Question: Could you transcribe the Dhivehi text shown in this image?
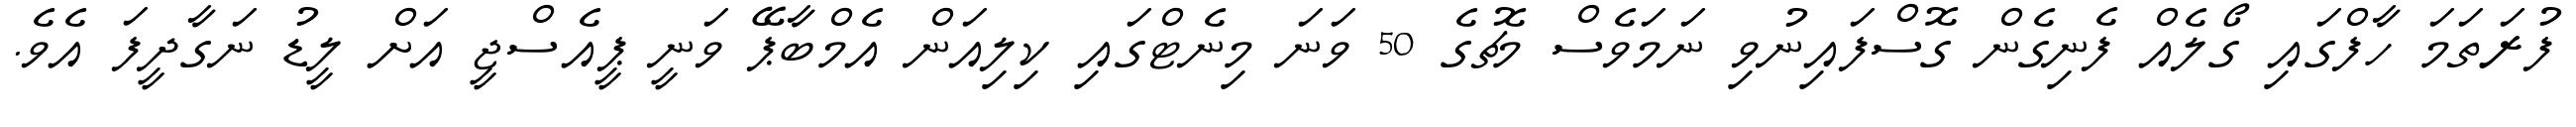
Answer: ފުރަތަމަ ހާފްގައި ގޯލެއް ފެނިގެން ގޮސްފައިނުވި ނަމަވެސް މެޗުގެ 50 ވަނަ މިނެޓްގައި ކިލިއަން އެމްބާޕޭ ވަނީ ޕީއެސްޖީ އަށް ލީޑު ނަގާދީފަ އެވެ.